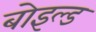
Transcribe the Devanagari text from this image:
बोइल्ड